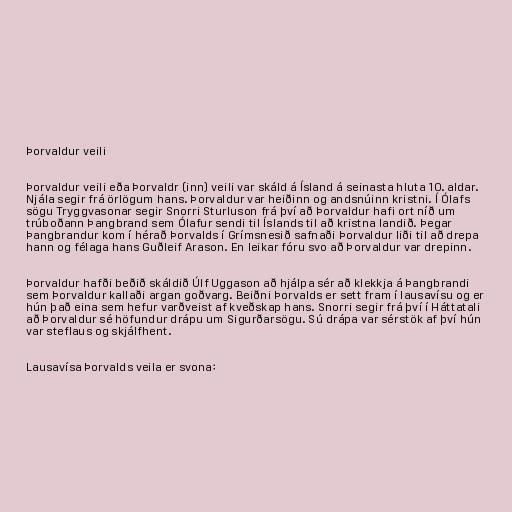
Þorvaldur veili

Þorvaldur veili eða Þorvaldr (inn) veili var skáld á Ísland á seinasta hluta 10. aldar.
Njála segir frá örlögum hans. Þorvaldur var heiðinn og andsnúinn kristni. Í Ólafs
sögu Tryggvasonar segir Snorri Sturluson frá því að Þorvaldur hafi ort níð um
trúboðann Þangbrand sem Ólafur sendi til Íslands til að kristna landið. Þegar
Þangbrandur kom í hérað Þorvalds í Grímsnesið safnaði Þorvaldur liði til að drepa
hann og félaga hans Guðleif Arason. En leikar fóru svo að Þorvaldur var drepinn.

Þorvaldur hafði beðið skáldið Úlf Uggason að hjálpa sér að klekkja á Þangbrandi
sem Þorvaldur kallaði argan goðvarg. Beiðni Þorvalds er sett fram í lausavísu og er
hún það eina sem hefur varðveist af kveðskap hans. Snorri segir frá því í Háttatali
að Þorvaldur sé höfundur drápu um Sigurðarsögu. Sú drápa var sérstök af því hún
var steflaus og skjálfhent.

Lausavísa Þorvalds veila er svona: